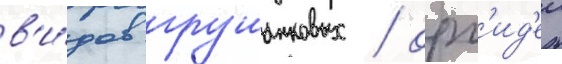
в'и́дов грушанковых / орх'ид'еи